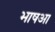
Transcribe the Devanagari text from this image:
भाषआ